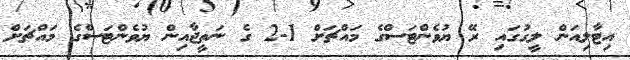
އިޓާލިއަން ލީގުގައި ރޭ ޔުވެންޓަސްގެ މައްޗަށް 1-2 ގެ ނަތީޖާއިން ޔުވެންޓަސްގެ މައްޗަށް